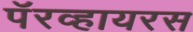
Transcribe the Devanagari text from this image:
पॅरव्हायरस